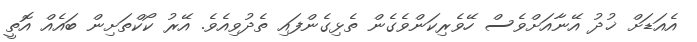
އެއަޑަށް ޚުދު އޭނާއަށްވެސް ހޭވެރިކަންވެގެން ތެޅިގެންފައި ތެދުވިއެވެ. އޭރު ކޯކްތަށިން ބައެއް އޮތީ